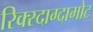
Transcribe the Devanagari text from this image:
रिक्स्दाग्दामोट